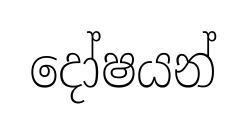
දෝෂයන්